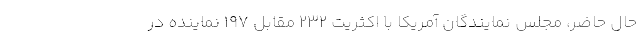
حال حاضر، مجلس نمایندگان آمریکا با اکثریت ۲۳۲ مقابل ۱۹۷ نماینده در